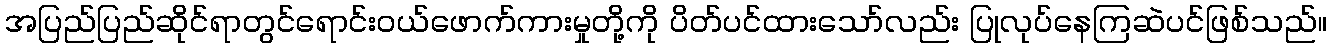
အပြည်ပြည်ဆိုင်ရာတွင်ရောင်းဝယ်ဖောက်ကားမှုတို့ကို ပိတ်ပင်ထားသော်လည်း ပြုလုပ်နေကြဆဲပင်ဖြစ်သည်။